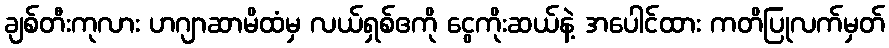
ချစ်တီးကုလား ဟဂျာဆာမိထံမှ လယ်ရှစ်ဧကို ငွေကိုးဆယ်နဲ့ အပေါင်ထား ကတိပြုလက်မှတ်